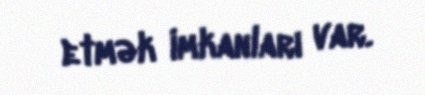
etmək imkanları var.